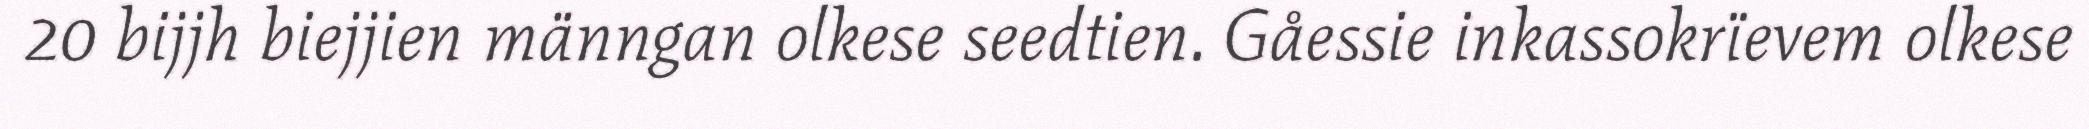
20 bijjh biejjien männgan olkese seedtien. Gåessie inkassokrïevem olkese